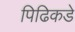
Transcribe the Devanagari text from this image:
पिढिकडे